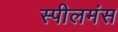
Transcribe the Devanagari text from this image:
स्पीलमंस